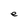
Character: e